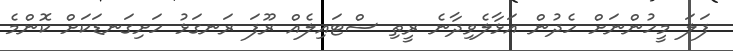
ފަލަ މީހުންނަށް ހެދުން އަޅާލެވިދާނެ ރީތި ސްޓައިލެއް ރޫފަ ރަނގަޅު ހަށިގަނޑަކަށް ކޮންމެ